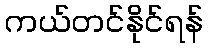
ကယ်တင်နိုင်ရန်